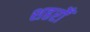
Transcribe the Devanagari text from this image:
शहरोँ